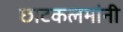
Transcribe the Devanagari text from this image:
छाटकलमांनी